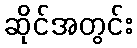
ဆိုင်အတွင်း